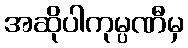
အဆိုပါကုမ္ပဏီမှ